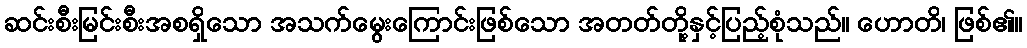
ဆင်းစီးမြင်းစီးအစရှိသော အသက်မွေးကြောင်းဖြစ်သော အတတ်တို့နှင့်ပြည့်စုံသည်။ ဟောတိ၊ ဖြစ်၏။